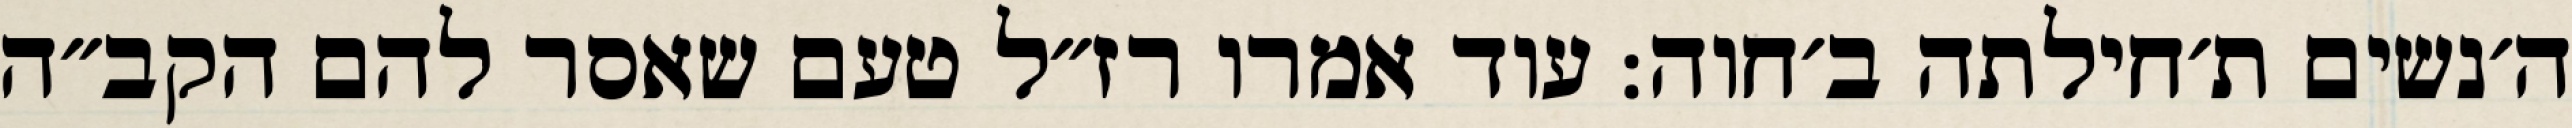
ה׳נשים ת׳חילתה ב׳חוה: עוד אמרו רז״ל טעם שאסר להם הקב״ה